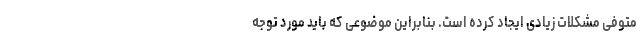
متوفی مشکلات زیادی ایجاد کرده است. بنابراین موضوعی که باید مورد توجه